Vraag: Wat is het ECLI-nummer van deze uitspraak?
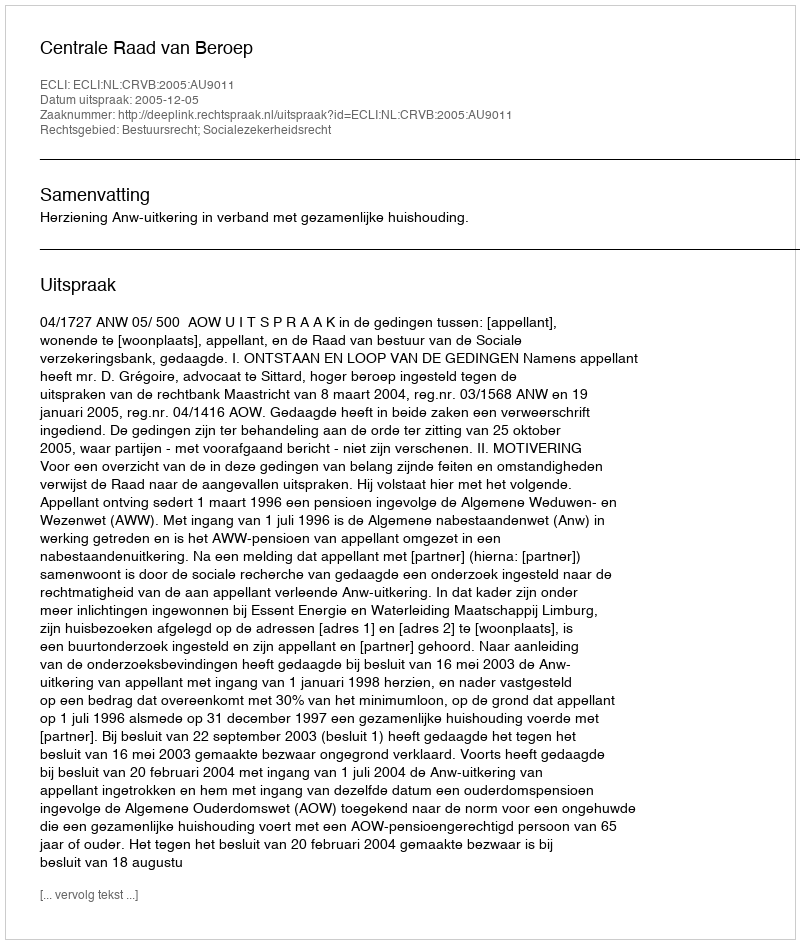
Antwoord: ECLI:NL:CRVB:2005:AU9011